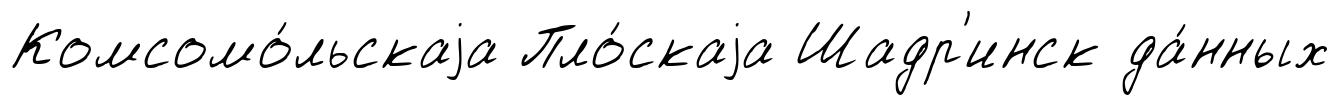
Комсомо́льскаjа Пло́скаjа Шадр'инск да́нных